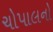
ચોપાલનો